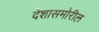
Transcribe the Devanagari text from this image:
देशासमोरील